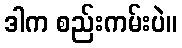
ဒါက စည်းကမ်းပဲ။